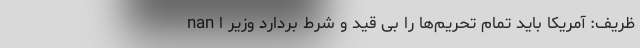
nan ظریف: آمریکا باید تمام تحریم‌ها را بی قید و شرط بردارد وزیر ا